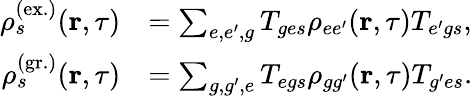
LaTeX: \begin{array}{rl}{\rho_{s}^{(\mathrm{ex.})}(\textbf{r},\tau)}&{=\sum_{e,e^{\prime},g}T_{{ge}s}\rho_{{ee^{\prime}}}(\textbf{r},\tau)T_{{e^{\prime}g}s},}\\ {\rho_{s}^{(\mathrm{gr.})}(\textbf{r},\tau)}&{=\sum_{g,g^{\prime},e}T_{{eg}s}\rho_{{gg^{\prime}}}(\textbf{r},\tau)T_{{g^{\prime}e}s}.}\end{array}